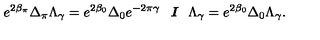
e ^ { 2 \beta _ { \pi } } \Delta _ { \pi } \Lambda _ { \gamma } = e ^ { 2 \beta _ { 0 } } \Delta _ { 0 } e ^ { - 2 \pi \gamma } \textit { \textbf { I } } \Lambda _ { \gamma } = e ^ { 2 \beta _ { 0 } } \Delta _ { 0 } \Lambda _ { \gamma } .